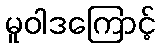
မူဝါဒကြောင့်